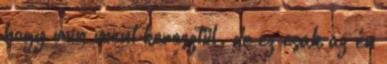
hogy min ment keresztül. de ez csak az én